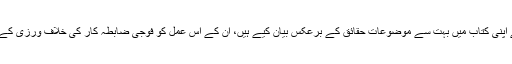
ڈی جی آئی ایس پی آر میجر جنرل آصف غفور نے 25 مئی کو اپنی ٹوئٹ میں کہا تھا کہ اسد درانی نے اپنی کتاب میں بہت سے موضوعات حقائق کے برعکس بیان کیے ہیں، ان کے اس عمل کو فوجی ضابطہ کار کی خلاف ورزی کے طور پر لیا گیا ہے اور ان قوائد کا اطلاق حاضر سروس اور (ریٹائرڈ) تمام فوجی اہلکاروں پر ہوتا ہے۔